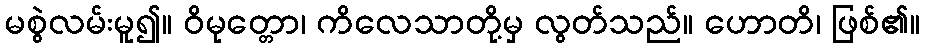
မစွဲလမ်းမူ၍။ ဝိမုတ္တော၊ ကိလေသာတို့မှ လွတ်သည်။ ဟောတိ၊ ဖြစ်၏။